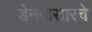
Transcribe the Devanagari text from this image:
डेनपासारचे